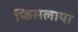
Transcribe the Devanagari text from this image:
फिसलाया